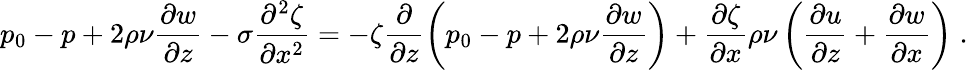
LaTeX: p_{0}-p+2\rho\nu\frac{\partial w}{\partial z}-\sigma\frac{\partial^{2}\zeta}{\partial x^{2}}=-\zeta\frac{\partial}{\partial z}\left(p_{0}-p+2\rho\nu\frac{\partial w}{\partial z}\right)+\frac{\partial\zeta}{\partial x}\rho\nu\left(\frac{\partial u}{\partial z}+\frac{\partial w}{\partial x}\right)\; .